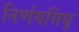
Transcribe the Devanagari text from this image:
निर्णयसिंधू